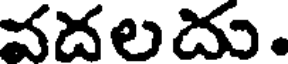
వదలదు.